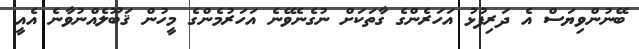
ބޭނުންވިޔަސް އެ ދަރިފުޅު އަހަރެންގެ ގާތަކަށް ނުގެނެވޭނެ އަހަރުމެންގެ މީހުން ޤަބޫލެއްނުވާނެ އެއީ